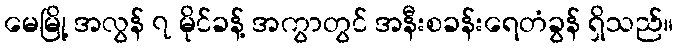
မေမြို့ အလွန် ၇ မိုင်ခန့် အကွာတွင် အနီးစခန်းရေတံခွန် ရှိသည်။